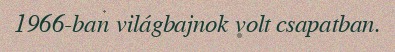
1966-ban világbajnok volt csapatban.